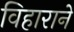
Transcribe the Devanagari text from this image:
विहाराने